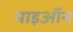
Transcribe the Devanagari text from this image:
पाइऑन